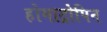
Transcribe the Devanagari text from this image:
होमाट्रोपिन